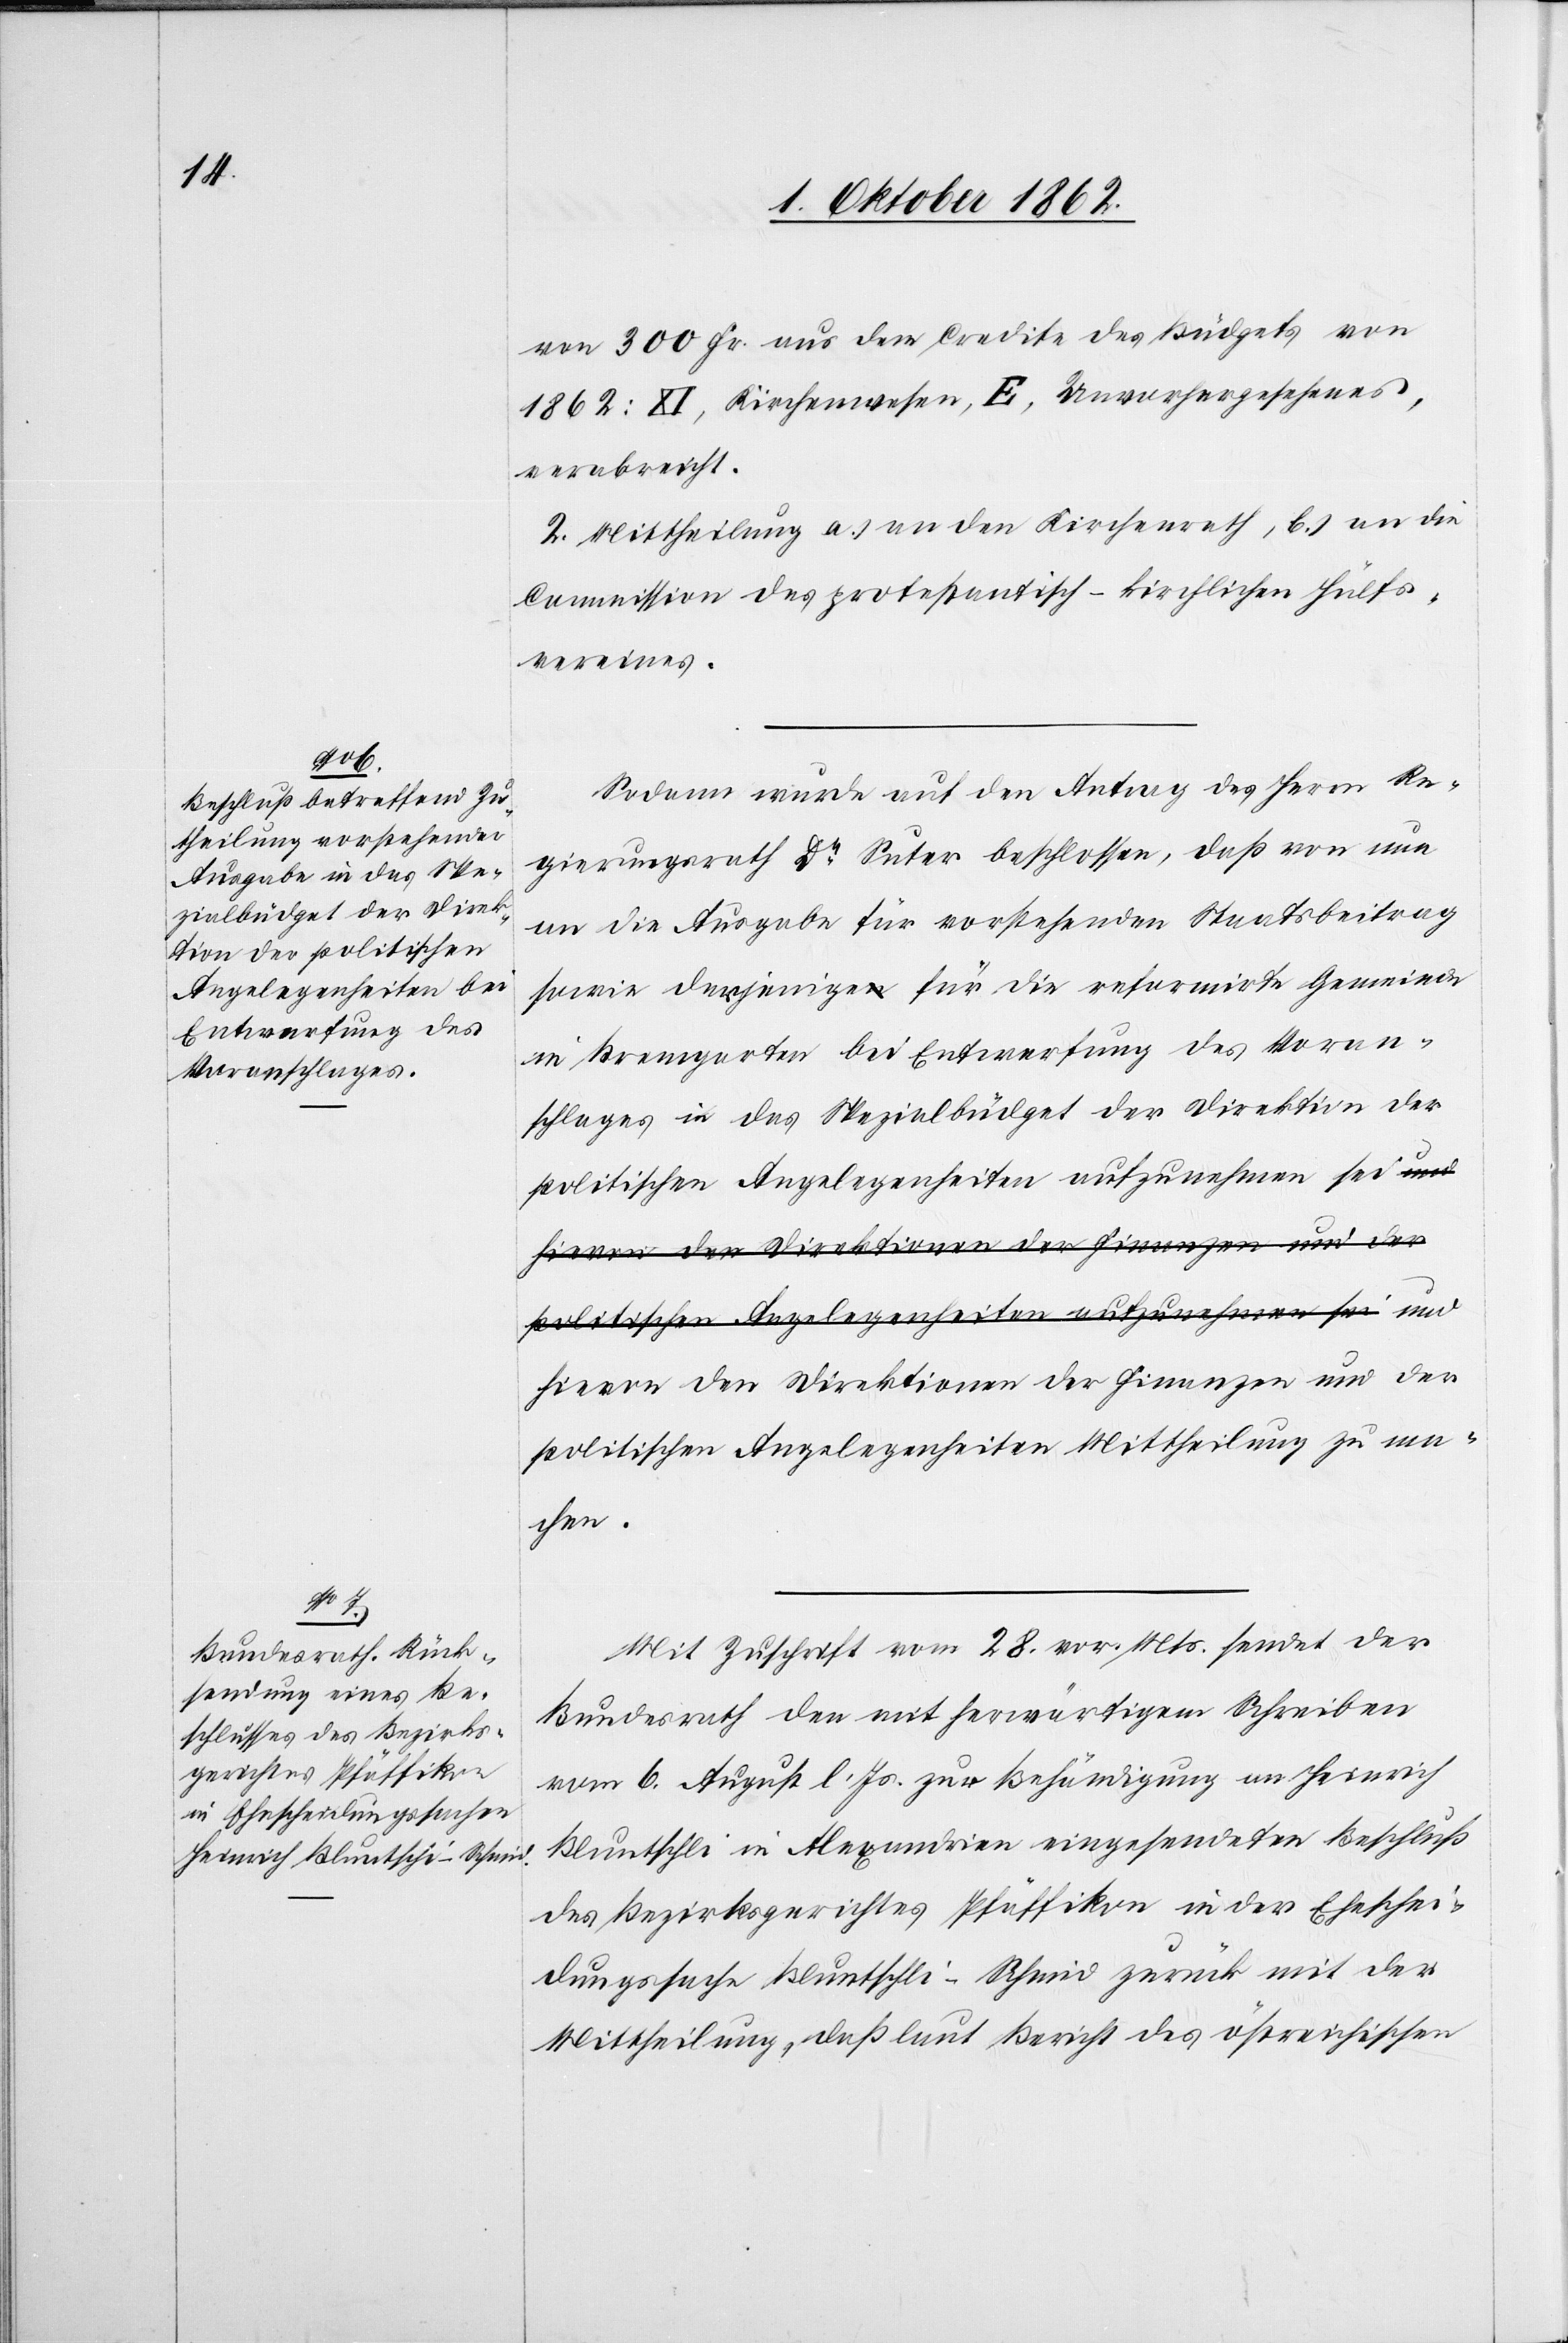
von 300 Fr. aus dem Credite des Büdgets von
1862: XI, Kirchenwesen, E, Unvorhergesehenes,
verabreicht.
2. Mittheilung a) an den Kirchenrath, b.) an die
Commission des protestantisch-kirchlichen Hülfs¬
vereines.
Sodann wurde auf den Antrag des Herrn Re¬
gierungsrath Dr. Suter beschlossen, daß von nun
an die Ausgabe für vorstehenden Staatsbeitrag
sowie derjenige für die reformirte Gemeinde
in Bremgarten bei Entwerfung des Voran¬
schlages in das Spezialbüdget der Direktion der
politischen Angelegenheiten aufzunehmen sei und
hievon der Direktion der Finanzen und der
politischen Angelegenheiten Mittheilung zu ma¬
chen.
Mit Zuschrift vom 28. vor. Mts. sendet der
Bundesrath den mit herwärtigem Schreiben
vom 6. August l. Js. zur Behändigung an Heinrich
Bluntschli in Alexandrien eingesendeten Beschluß
des Bezirksgerichtes Pfäffikon in der Eheschei¬
dungssache Bluntschli-Schmid zurück mit der
Mittheilung, daß laut Bericht des östreichischen